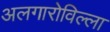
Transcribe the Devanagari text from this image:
अलगारोविल्ला